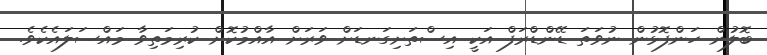
ބޮލުން ހަންފޮޅުން ނުވަތަ ޑޭންޑްރަފް އަކީ އިސްތަށިގަނޑަށް ވަރަށް އާއްމުކޮށް ކުރިމަތިވާ މައްސަލައެކެވެ.